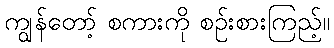
ကျွန်တော့် စကားကို စဉ်းစားကြည့်။